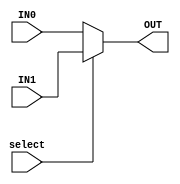
module mux_2x1 (
    input IN0,
    input IN1,
    input select,
    
    output OUT
);
    assign OUT = select ? IN1 : IN0;

endmodule